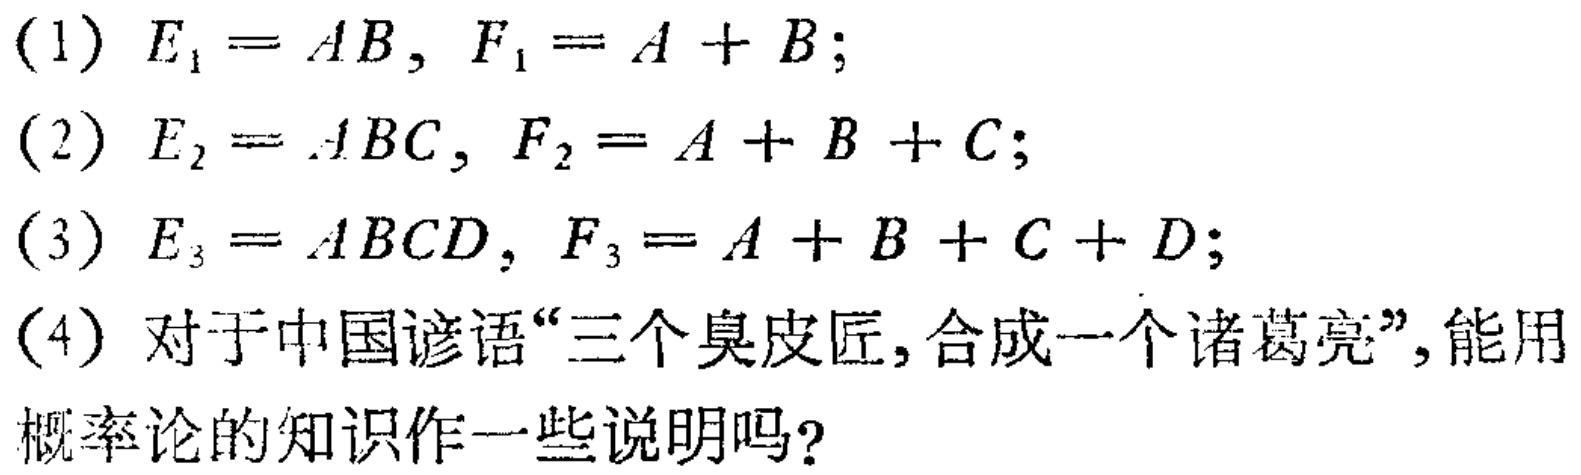
(1) \(E_{1}=AB,F_{1}=A + B;\)

(2) \(E_{2}=ABC,F_{2}=A + B + C;\)

(3) \(E_{3}=ABCD,F_{3}=A + B + C + D;\)

(4) 对于中国谚语“三个臭皮匠,合成一个诸葛亮”,能用概率论的知识作一些说明吗?